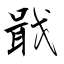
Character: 戢